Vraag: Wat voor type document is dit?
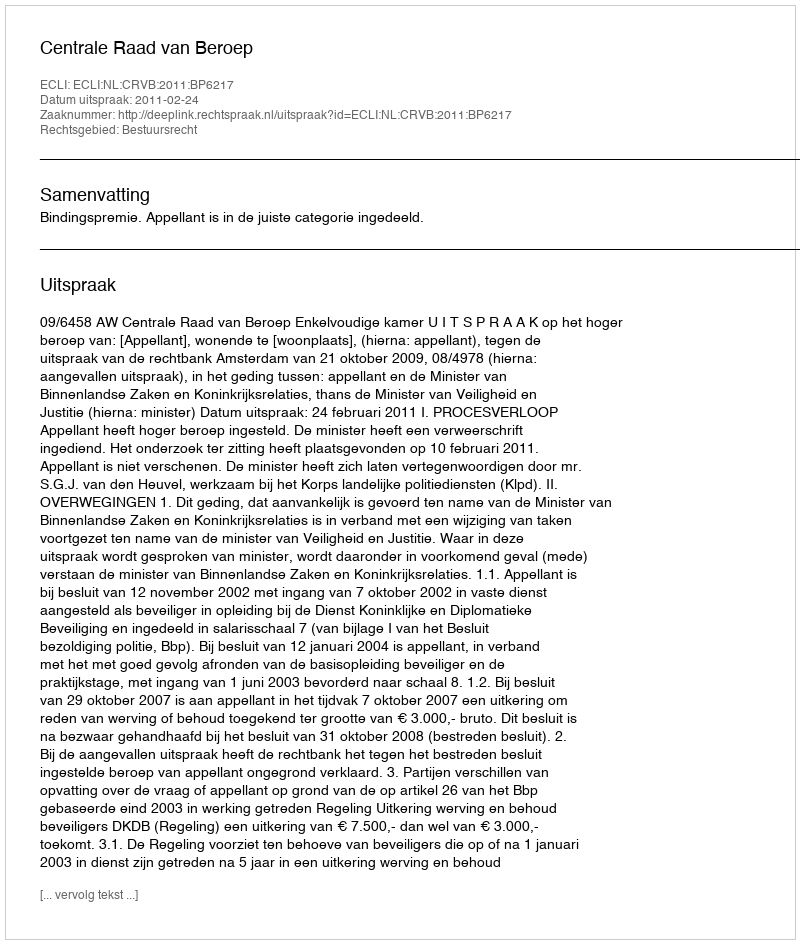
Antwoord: Uitspraak